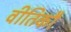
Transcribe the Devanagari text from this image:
वीतिकौ